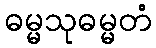
ဓမ္မသုဓမ္မတံ